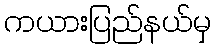
ကယားပြည်နယ်မှ